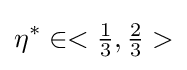
{{\eta }^{*}}\in <{\tfrac {1}{3}},{\tfrac {2}{3}}>